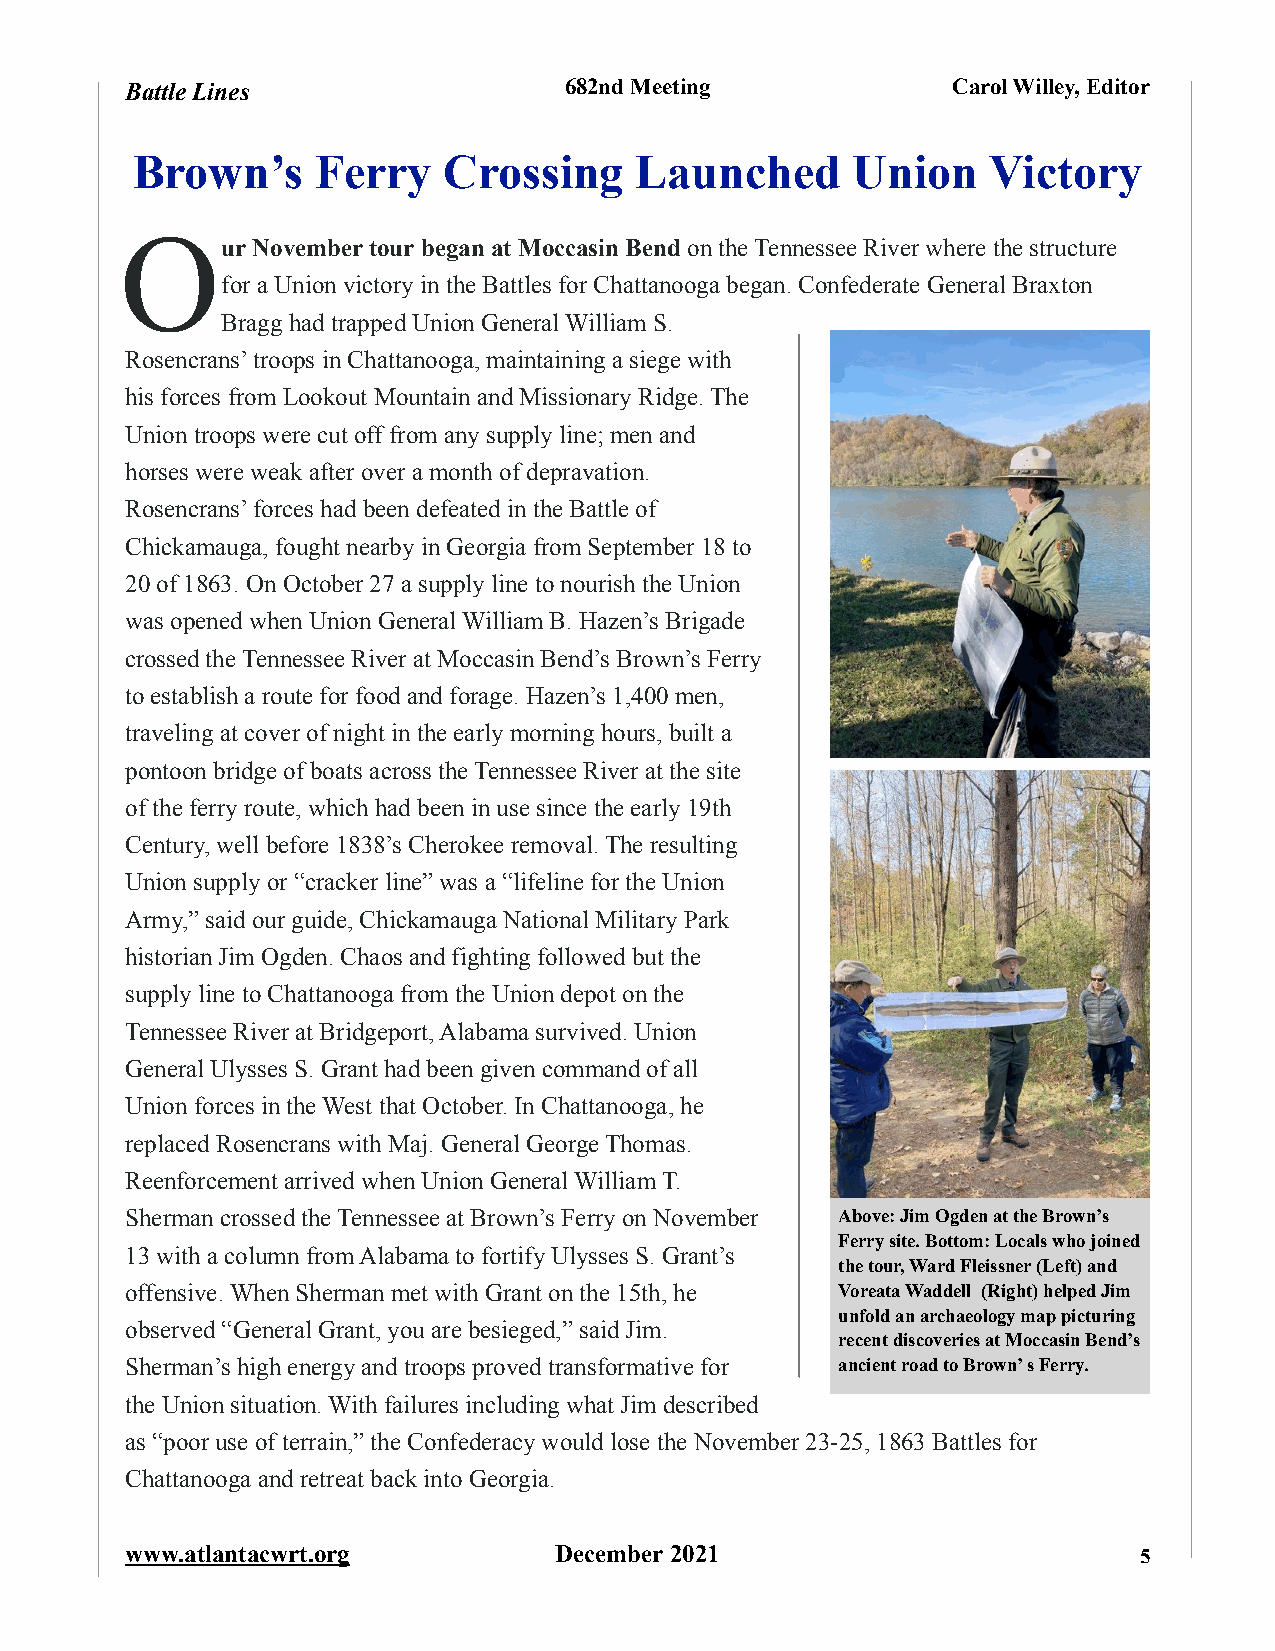
Battle Lines                 682nd Meeting             Carol Willey, Editor
 Brown’s     Ferry   Crossing     Launched      Union     Victory
 O
 ur November tour began at Moccasin Bend on the Tennessee River where the structure
 for a Union victory in the Battles for Chattanooga began. Confederate General Braxton
 Bragg had trapped Union General William S.
 Rosencrans’ troops in Chattanooga, maintaining a siege with
 his forces from Lookout Mountain and Missionary Ridge. The
 Union troops were cut off from any supply line; men and
 horses were weak after over a month of depravation.
 Rosencrans’ forces had been defeated in the Battle of
 Chickamauga, fought nearby in Georgia from September 18 to
 20 of 1863. On October 27 a supply line to nourish the Union
 was opened when Union General William B. Hazen’s Brigade
 crossed the Tennessee River at Moccasin Bend’s Brown’s Ferry
 to establish a route for food and forage. Hazen’s 1,400 men,
 traveling at cover of night in the early morning hours, built a
 pontoon bridge of boats across the Tennessee River at the site
 of the ferry route, which had been in use since the early 19th
 Century, well before 1838’s Cherokee removal. The resulting
 Union supply or “cracker line” was a “lifeline for the Union
 Army,” said our guide, Chickamauga National Military Park
 historian Jim Ogden. Chaos and fighting followed but the
 supply line to Chattanooga from the Union depot on the
 Tennessee River at Bridgeport, Alabama survived. Union
 General Ulysses S. Grant had been given command of all
 Union forces in the West that October. In Chattanooga, he
 replaced Rosencrans with Maj. General George Thomas.
 Reenforcement arrived when Union General William T.
 Sherman crossed the Tennessee at Brown’s Ferry on November Above: Jim Ogden at the Brown’s
 Ferry site. Bottom: Locals who joined
 13 with a column from Alabama to fortify Ulysses S. Grant’s
 the tour, Ward Fleissner (Left) and
 offensive. When Sherman met with Grant on the 15th, he Voreata Waddell (Right) helped Jim
 unfold an archaeology map picturing
 observed “General Grant, you are besieged,” said Jim.
 recent discoveries at Moccasin Bend’s
 Sherman’s high energy and troops proved transformative for ancient road to Brown’ s Ferry.
 the Union situation. With failures including what Jim described
 as “poor use of terrain,” the Confederacy would lose the November 23-25, 1863 Battles for
 Chattanooga and retreat back into Georgia.
 www.atlantacwrt.org          December 2021                         5